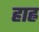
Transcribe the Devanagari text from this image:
हाह्न